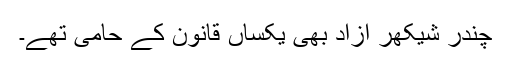
چندر شیکھر آزاد بھی یکساں قانون کے حامی تھے۔